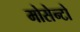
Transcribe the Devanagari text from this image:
मोसेन्टो